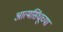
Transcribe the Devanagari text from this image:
आत्मसिंधूच्या